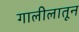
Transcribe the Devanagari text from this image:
गालीलातून